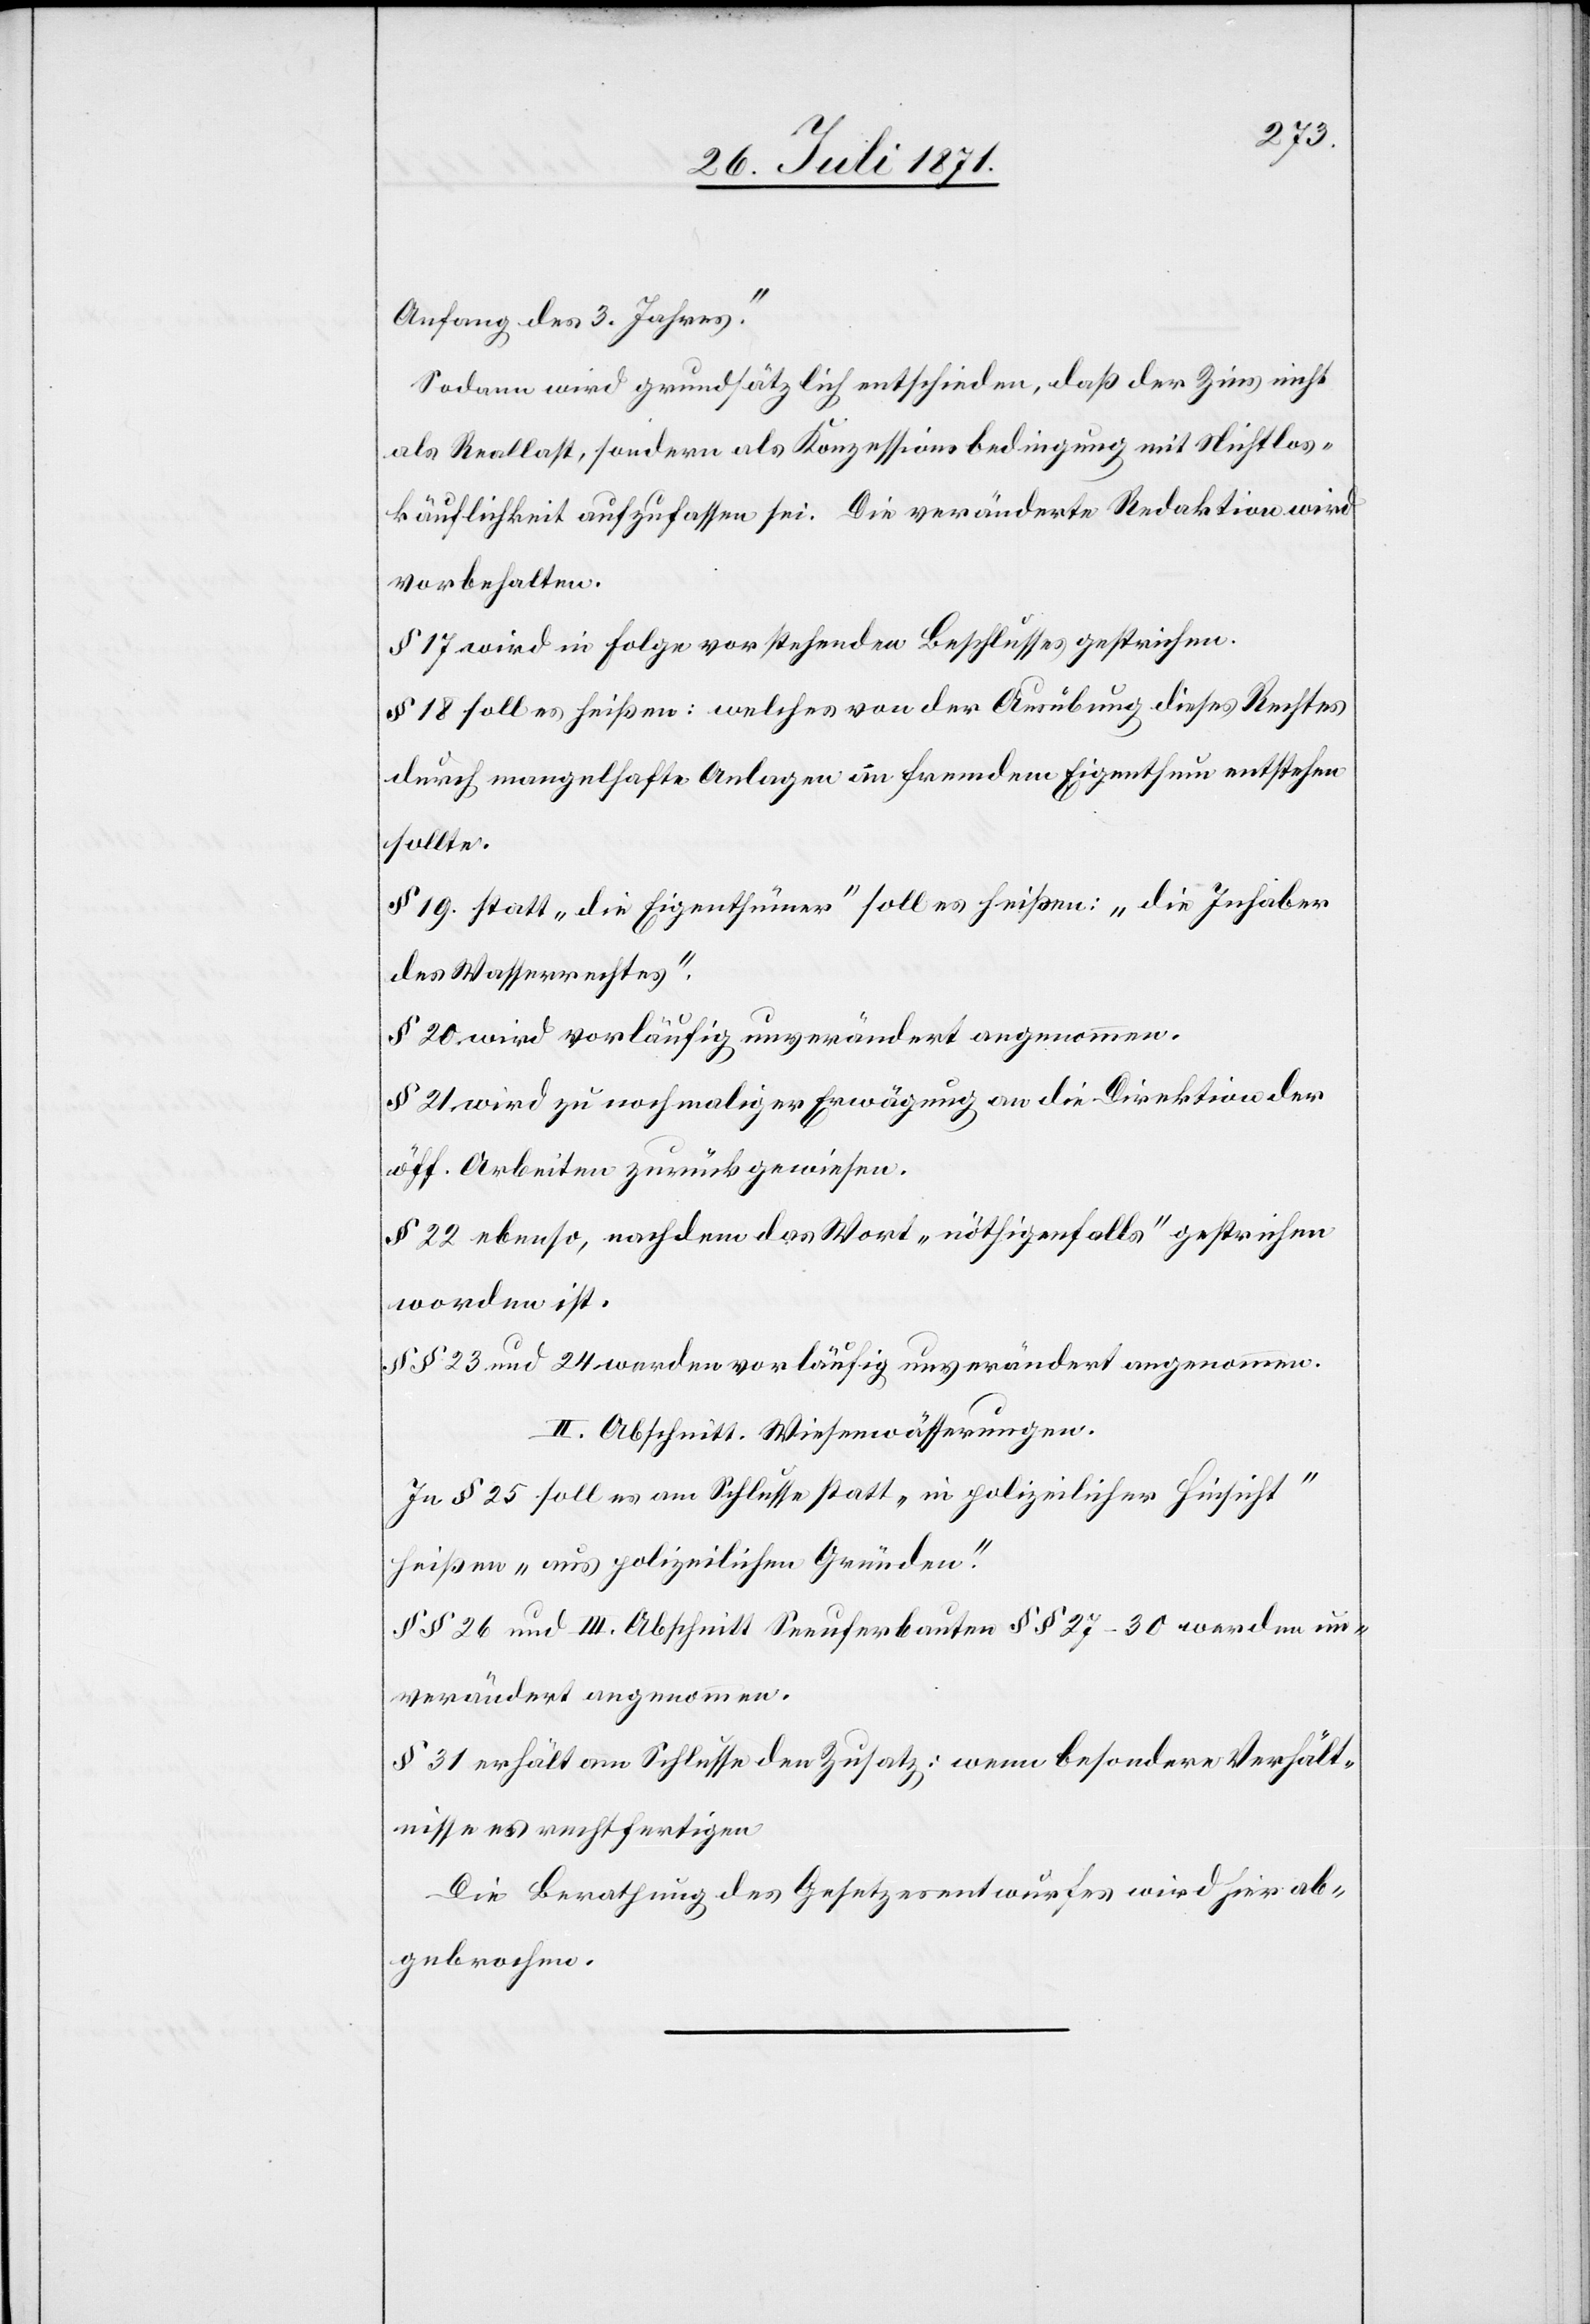
Anfang des 3. Jahres“.
Sodann wird grundsätzlich entschieden, daß der Zins nicht
als Reallast, sondern als Konzessionsbedingung mit Nichtlos¬
käuflichkeit aufzufassen sei. Die veränderte Redaktion wird
vorbehalten.
§ 17 wird in Folge vorstehenden Beschlusses gestrichen.
§ 18 soll es heißen: welches von der Ausübung dieses Rechtes
durch mangelhafte Anlagen an fremdem Eigenthum entstehen
sollte.
§ 19. statt „die Eigenthümer“ soll es heißen: „die Inhaber
des Wasserrechtes“.
§ 20 wird vorläufig unverändert angenommen.
§ 21. wird zu nochmaliger Erwägung an die Direktion der
öff. Arbeiten zurückgewiesen.
§ 22 ebenso, nachdem das Wort „nöthigenfalls“ gestrichen
worden ist.
§§ 23 und 24 werden vorläufig unverändert angenommen.
II. Abschnitt. Wiesenwässerungen.
In § 25 soll es am Schlusse statt „in polizeilicher Hinsicht“
heißen „aus polizeilichen Gründen“.
§§ 26 und III. Abschnitt Seeuferbauten §§ 27–30 werden un¬
verändert angenommen.
§ 31 erhält am Schlusse den Zusatz: wenn besondere Verhält¬
nisse es rechtfertigen.
Die Berathung des Gesetzesentwurfes wird hier ab¬
gebrochen.